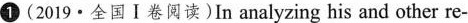
1 (2019·全国Ⅰ卷阅读)In analyzing his and other re-